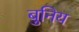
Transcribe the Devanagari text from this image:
बुनिय